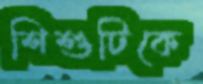
শিশুটিকে